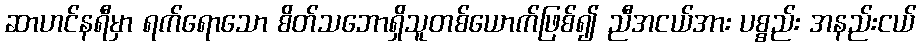
ဆာဟင်နရီမှာ ရက်ရောသော စိတ်သဘောရှိသူတစ်ယောက်ဖြစ်၍ ညီအငယ်အား ပစ္စည်း အနည်းငယ်